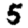
Digit: 5